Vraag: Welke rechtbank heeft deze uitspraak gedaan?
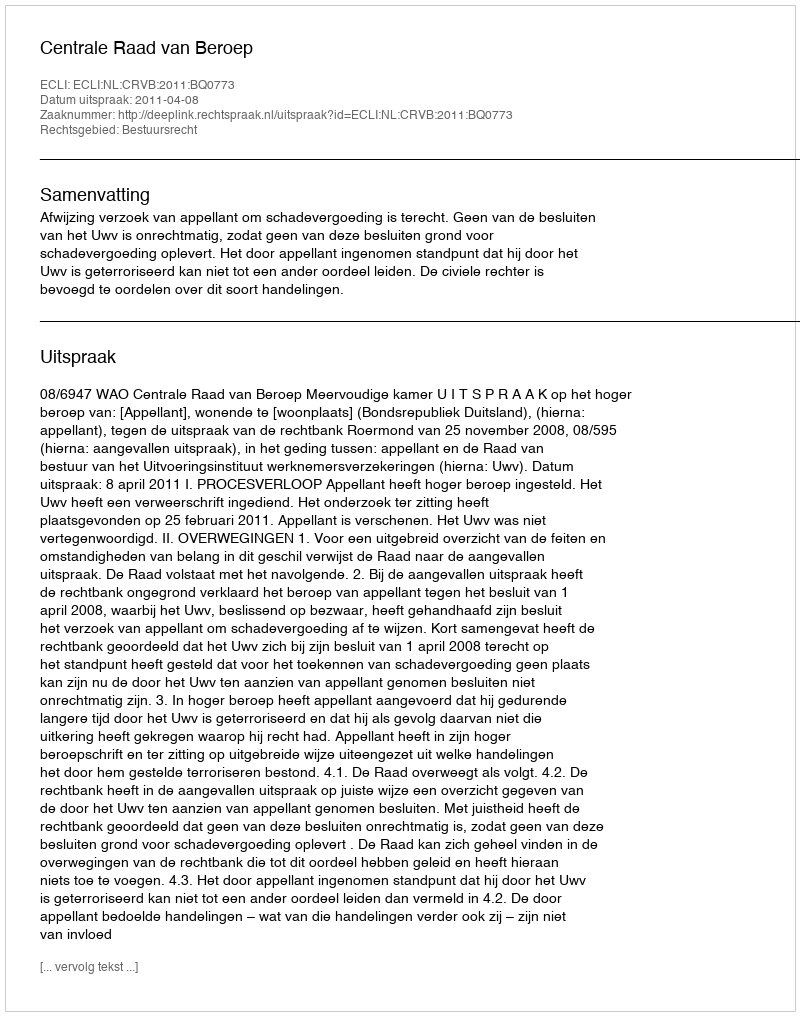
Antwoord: Centrale Raad van Beroep